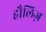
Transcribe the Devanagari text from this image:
हौलिज़